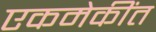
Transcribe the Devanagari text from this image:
एकमेकींत